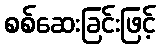
စစ်ဆေးခြင်းဖြင့်